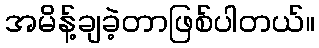
အမိန့်ချခဲ့တာဖြစ်ပါတယ်။